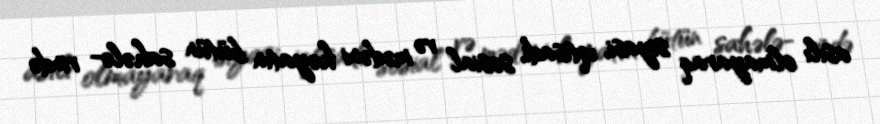
asılı olmayaraq siyasi, iqtisadi, sosial və mədəni həyatın bütün sahələ- rində